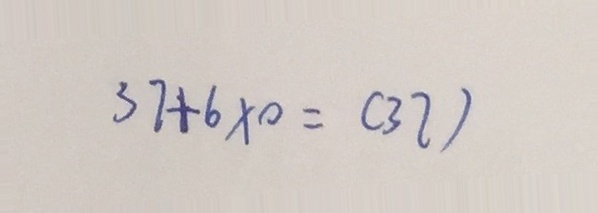
3 7 + 6 \times 0 = ( 3 7 )